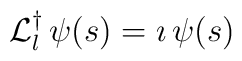
{\cal L}_l^\dag \,\psi(s) = \imath\, \psi(s)